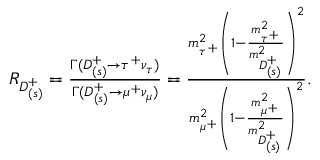
\begin{array} { r } { R _ { D _ { ( s ) } ^ { + } } = \frac { \Gamma ( D _ { ( s ) } ^ { + } \to \tau ^ { + } \nu _ { \tau } ) } { \Gamma ( D _ { ( s ) } ^ { + } \to \mu ^ { + } \nu _ { \mu } ) } = \frac { m _ { \tau ^ { + } } ^ { 2 } \left( 1 - \frac { m _ { \tau ^ { + } } ^ { 2 } } { m _ { D _ { ( s ) } ^ { + } } ^ { 2 } } \right) ^ { 2 } } { m _ { \mu ^ { + } } ^ { 2 } \left( 1 - \frac { m _ { \mu ^ { + } } ^ { 2 } } { m _ { D _ { ( s ) } ^ { + } } ^ { 2 } } \right) ^ { 2 } } . } \end{array}